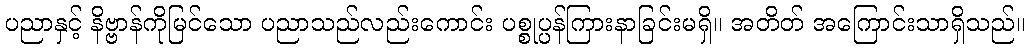
ပညာနှင့် နိဗ္ဗာန်ကိုမြင်သော ပညာသည်လည်းကောင်း ပစ္စုပ္ပန်ကြားနာခြင်းမရှိ။ အတိတ် အကြောင်းသာရှိသည်။